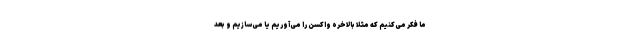
ما فکر می‌کنیم که مثلا بالاخره واکسن را می‌آوریم یا می‌سازیم و بعد